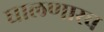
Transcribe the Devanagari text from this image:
घालणारच